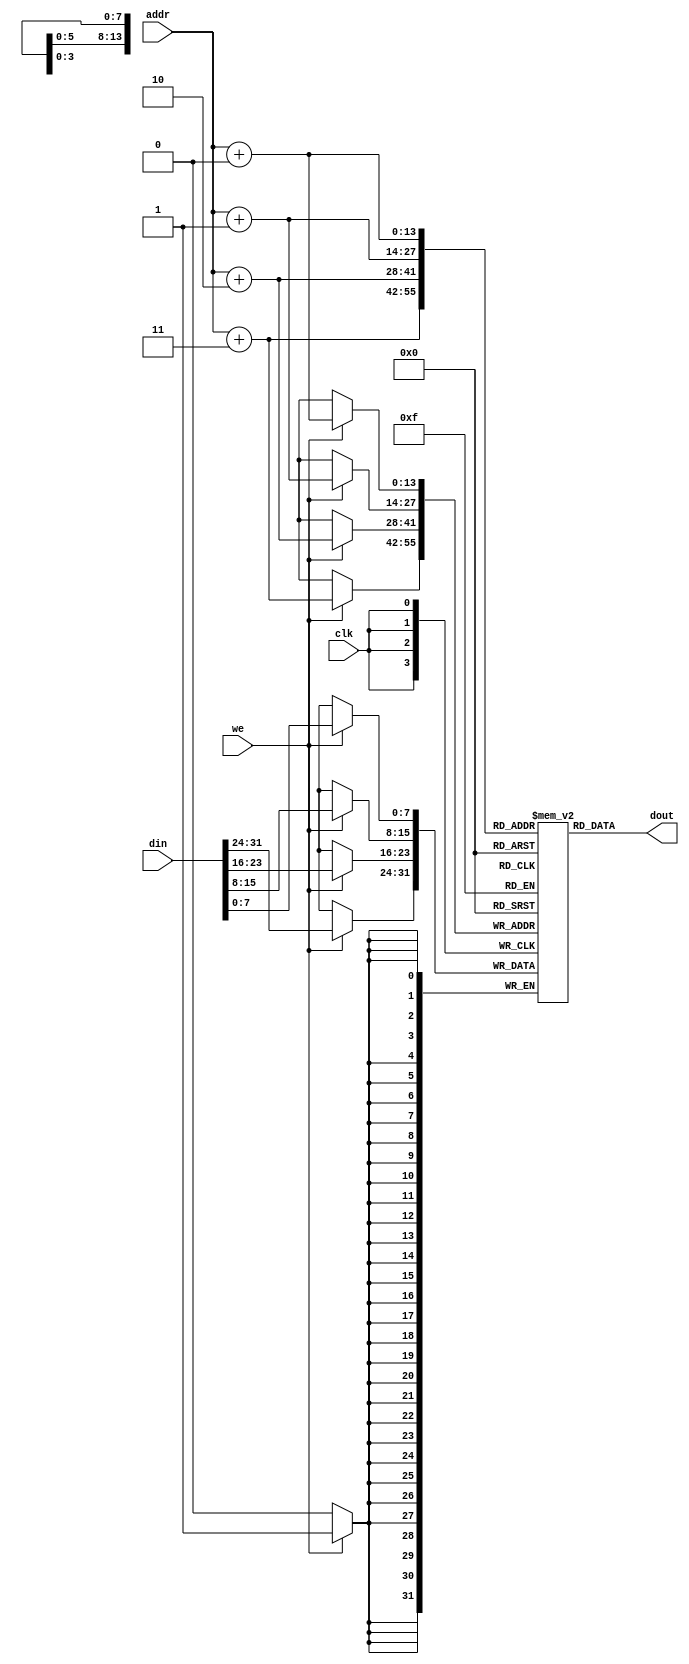
// DM 12288 Bytes
// dm_12k dm(addr, din, we, clk, dout);
module dm_12k(
  input [13:0] addr,
  input [31:0] din,  // 32-bit input data
  input we,          // memory write enable
  input clk,         // clock
  output [31:0] dout // 32-bit memory output
);

  reg [7:0] dm [12287:0];

  always @ (posedge clk) 
    if (we) begin
      dm[addr+0] <= din[ 7: 0];
      dm[addr+1] <= din[15: 8];
      dm[addr+2] <= din[23:16];
      dm[addr+3] <= din[31:24];
    end

  assign dout = {
    dm[addr+3],
    dm[addr+2],
    dm[addr+1],
    dm[addr+0]
  };

endmodule